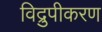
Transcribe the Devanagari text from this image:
विद्रुपीकरण